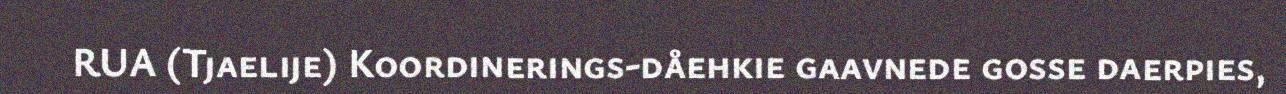
RUA (Tjaelije) Koordinerings-dåehkie gaavnede gosse daerpies,